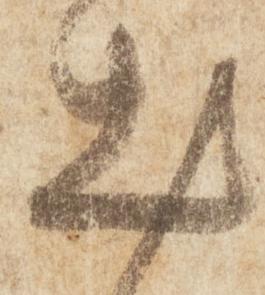
出